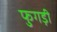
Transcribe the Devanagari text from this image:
फुगड़ी